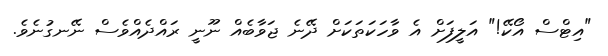
"އިޓްސް އޯކޭ!" އަލީފަށް އެ ވާހަކަތަކަށް ދޭނެ ޖަވާބެއް ނޫނީ ރައްދެއްވެސް ނޭނގުނެވެ.